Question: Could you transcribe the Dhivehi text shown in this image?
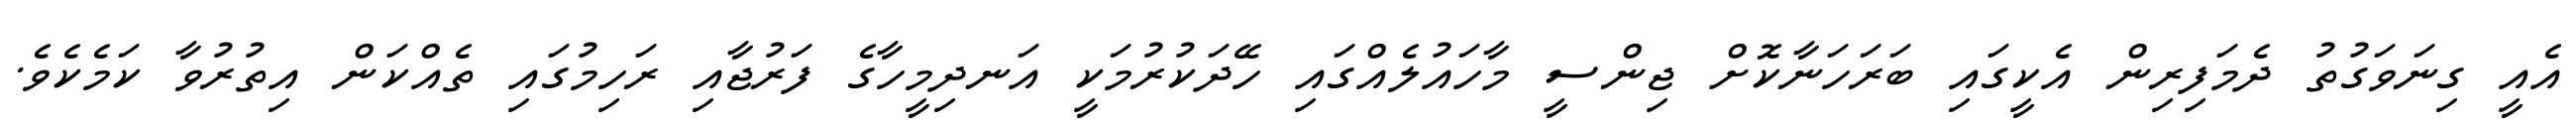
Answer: އެއީ ގިނަވަގުތު ދެމަފިރިން އެކީގައި ބަރަހަނާކޮށް ޖިންސީ މާހައުލެއްގައި ހޭދަކުރުމަކީ އަނދިމީހާގެ ފަރުޖާއި ރަހިމުގައި ތެއްކަން އިތުރުވާ ކަމެކެވެ.